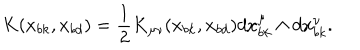
K ( x _ { b k } , x _ { b d } ) = { \frac { 1 } { 2 } } K _ { \mu \nu } ( x _ { b k } , x _ { b d } ) d x _ { b k } ^ { \mu } \wedge d x _ { b k } ^ { \nu } .